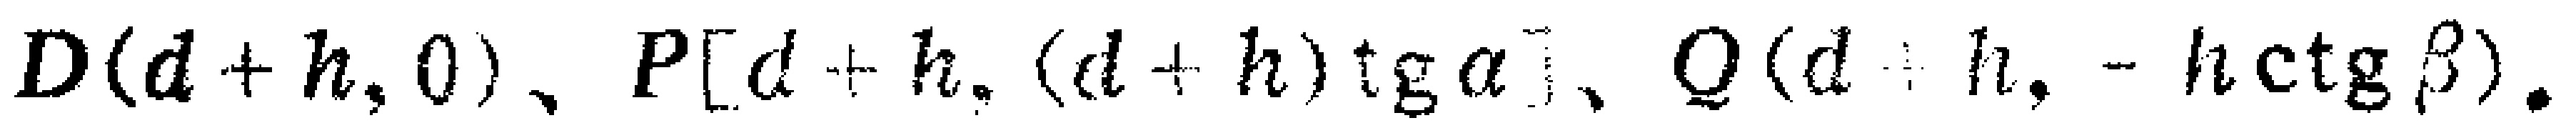
$D(d + h,0)、P[d + h,(d + h)\operatorname{tg}\alpha]、Q(d + h,-h\operatorname{ctg}\beta).$